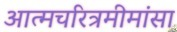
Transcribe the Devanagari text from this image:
अात्मचरित्रमीमांसा